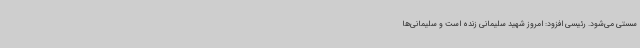
سستی می‌شود. رئیسی افزود: امروز شهید سلیمانی زنده است و سلیمانی‌ها